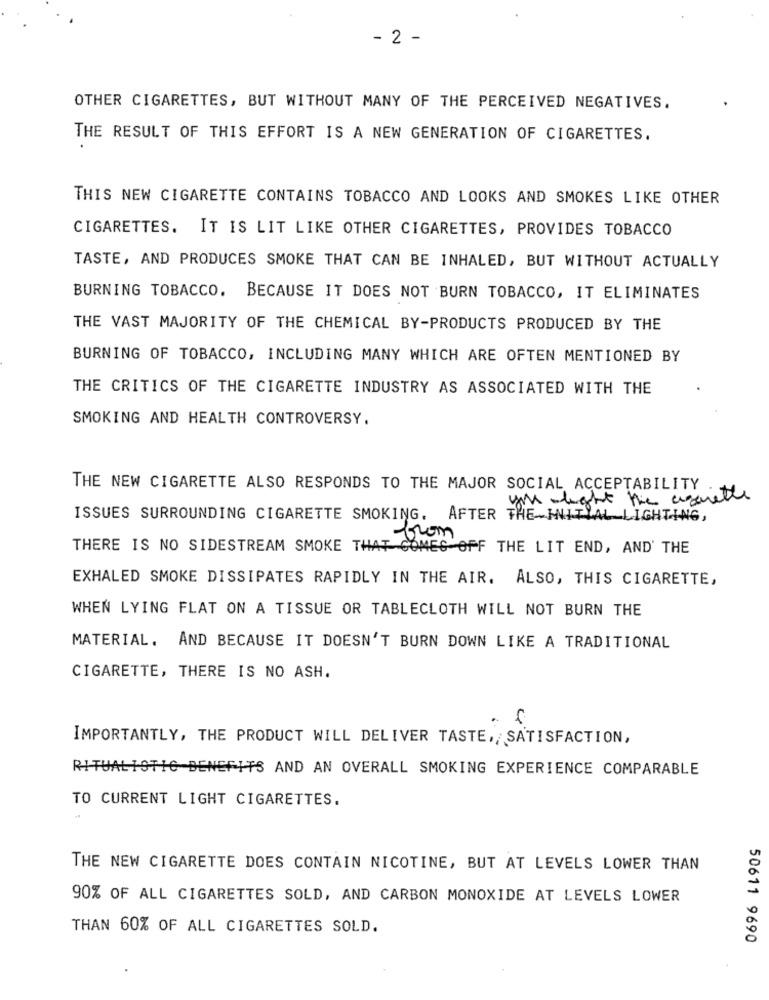
- 2 -
OTHER CIGARETTES, BUT WITHOUT MANY OF THE PERCEIVED NEGATIVES.
THE RESULT OF THIS EFFORT IS A NEW GENERATION OF CIGARETTES.
THIS NEW CIGARETTE CONTAINS TOBACCO AND LOOKS AND SMOKES LIKE OTHER
CIGARETTES. IT IS LIT LIKE OTHER CIGARETTES, PROVIDES TOBACCO
TASTE, AND PRODUCES SMOKE THAT CAN BE INHALED, BUT WITHOUT ACTUALLY
BURNING TOBACCO. BECAUSE IT DOES NOT BURN TOBACCO, IT ELIMINATES
THE VAST MAJORITY OF THE CHEMICAL BY-PRODUCTS PRODUCED BY THE
BURNING OF TOBACCO, INCLUDING MANY WHICH ARE OFTEN MENTIONED BY
THE CRITICS OF THE CIGARETTE INDUSTRY AS ASSOCIATED WITH THE
SMOKING AND HEALTH CONTROVERSY.
THE NEW CIGARETTE ALSO RESPONDS TO THE MAJOR SOCIAL ACCEPTABILITY
you light the cigarettes
ISSUES SURROUNDING CIGARETTE SMOKING. AFTER THE HILTYAL LIGHTING,
from
THERE IS NO SIDESTREAM SMOKE THAT COMES OFF THE LIT END, AND' THE
EXHALED SMOKE DISSIPATES RAPIDLY IN THE AIR. ALSO, THIS CIGARETTE,
WHEN LYING FLAT ON A TISSUE OR TABLECLOTH WILL NOT BURN THE
MATERIAL. AND BECAUSE IT DOESN'T BURN DOWN LIKE A TRADITIONAL
CIGARETTE, THERE IS NO ASH.
. G
IMPORTANTLY, THE PRODUCT WILL DELIVER TASTE ,, SATISFACTION,
RITUALISTIC BENEFITS AND AN OVERALL SMOKING EXPERIENCE COMPARABLE
TO CURRENT LIGHT CIGARETTES.
THE NEW CIGARETTE DOES CONTAIN NICOTINE, BUT AT LEVELS LOWER THAN
90% OF ALL CIGARETTES SOLD, AND CARBON MONOXIDE AT LEVELS LOWER
THAN 60% OF ALL CIGARETTES SOLD.
50611 9690